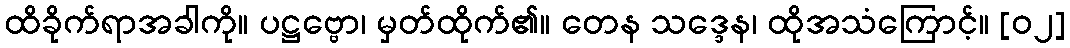
ထိခိုက်ရာအခါကို။ ပဋ္ဌဗ္ဗော၊ မှတ်ထိုက်၏။ တေန သဒ္ဒေန၊ ထိုအသံကြောင့်။ [၀၂]